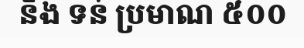
និង ទន់ ប្រមាណ ៥០០